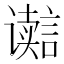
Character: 𮙋